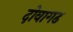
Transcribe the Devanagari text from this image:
दोवागढ